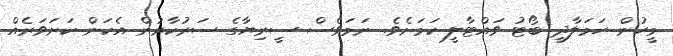
މީހުން ހަމަލާދީ ބޯޓު ވައްޓާލީ ކަމަށެވެ. ނަމަވެސް ސީރިޔާގެ ސަރުކާރުން އެކަން ކަށަވަރެއް